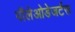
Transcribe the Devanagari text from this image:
पॉलेओडेजर्टस